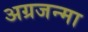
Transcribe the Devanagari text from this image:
अग्रजन्मा